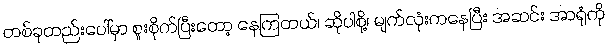
တစ်ခုတည်းပေါ်မှာ စူးစိုက်ပြီးတော့ နေကြတယ်၊ ဆိုပါစို့၊ မျက်လုံးကနေပြီး အဆင်း အာရုံကို